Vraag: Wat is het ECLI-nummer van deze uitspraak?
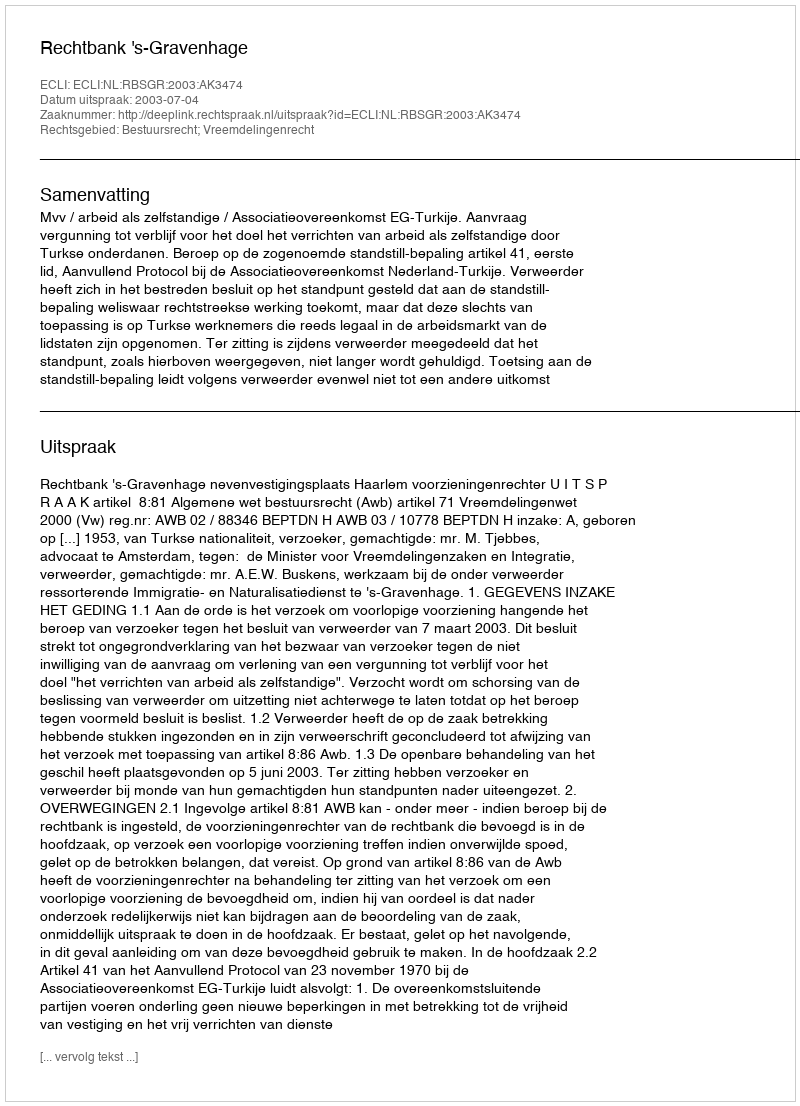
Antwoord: ECLI:NL:RBSGR:2003:AK3474